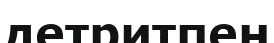
детритпен